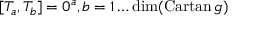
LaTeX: [ T _ { a } , T _ { b } ] = 0 \sp a , b = 1 \ldots \mathrm { d i m } ( \mathrm { C a r t a n } \, g )